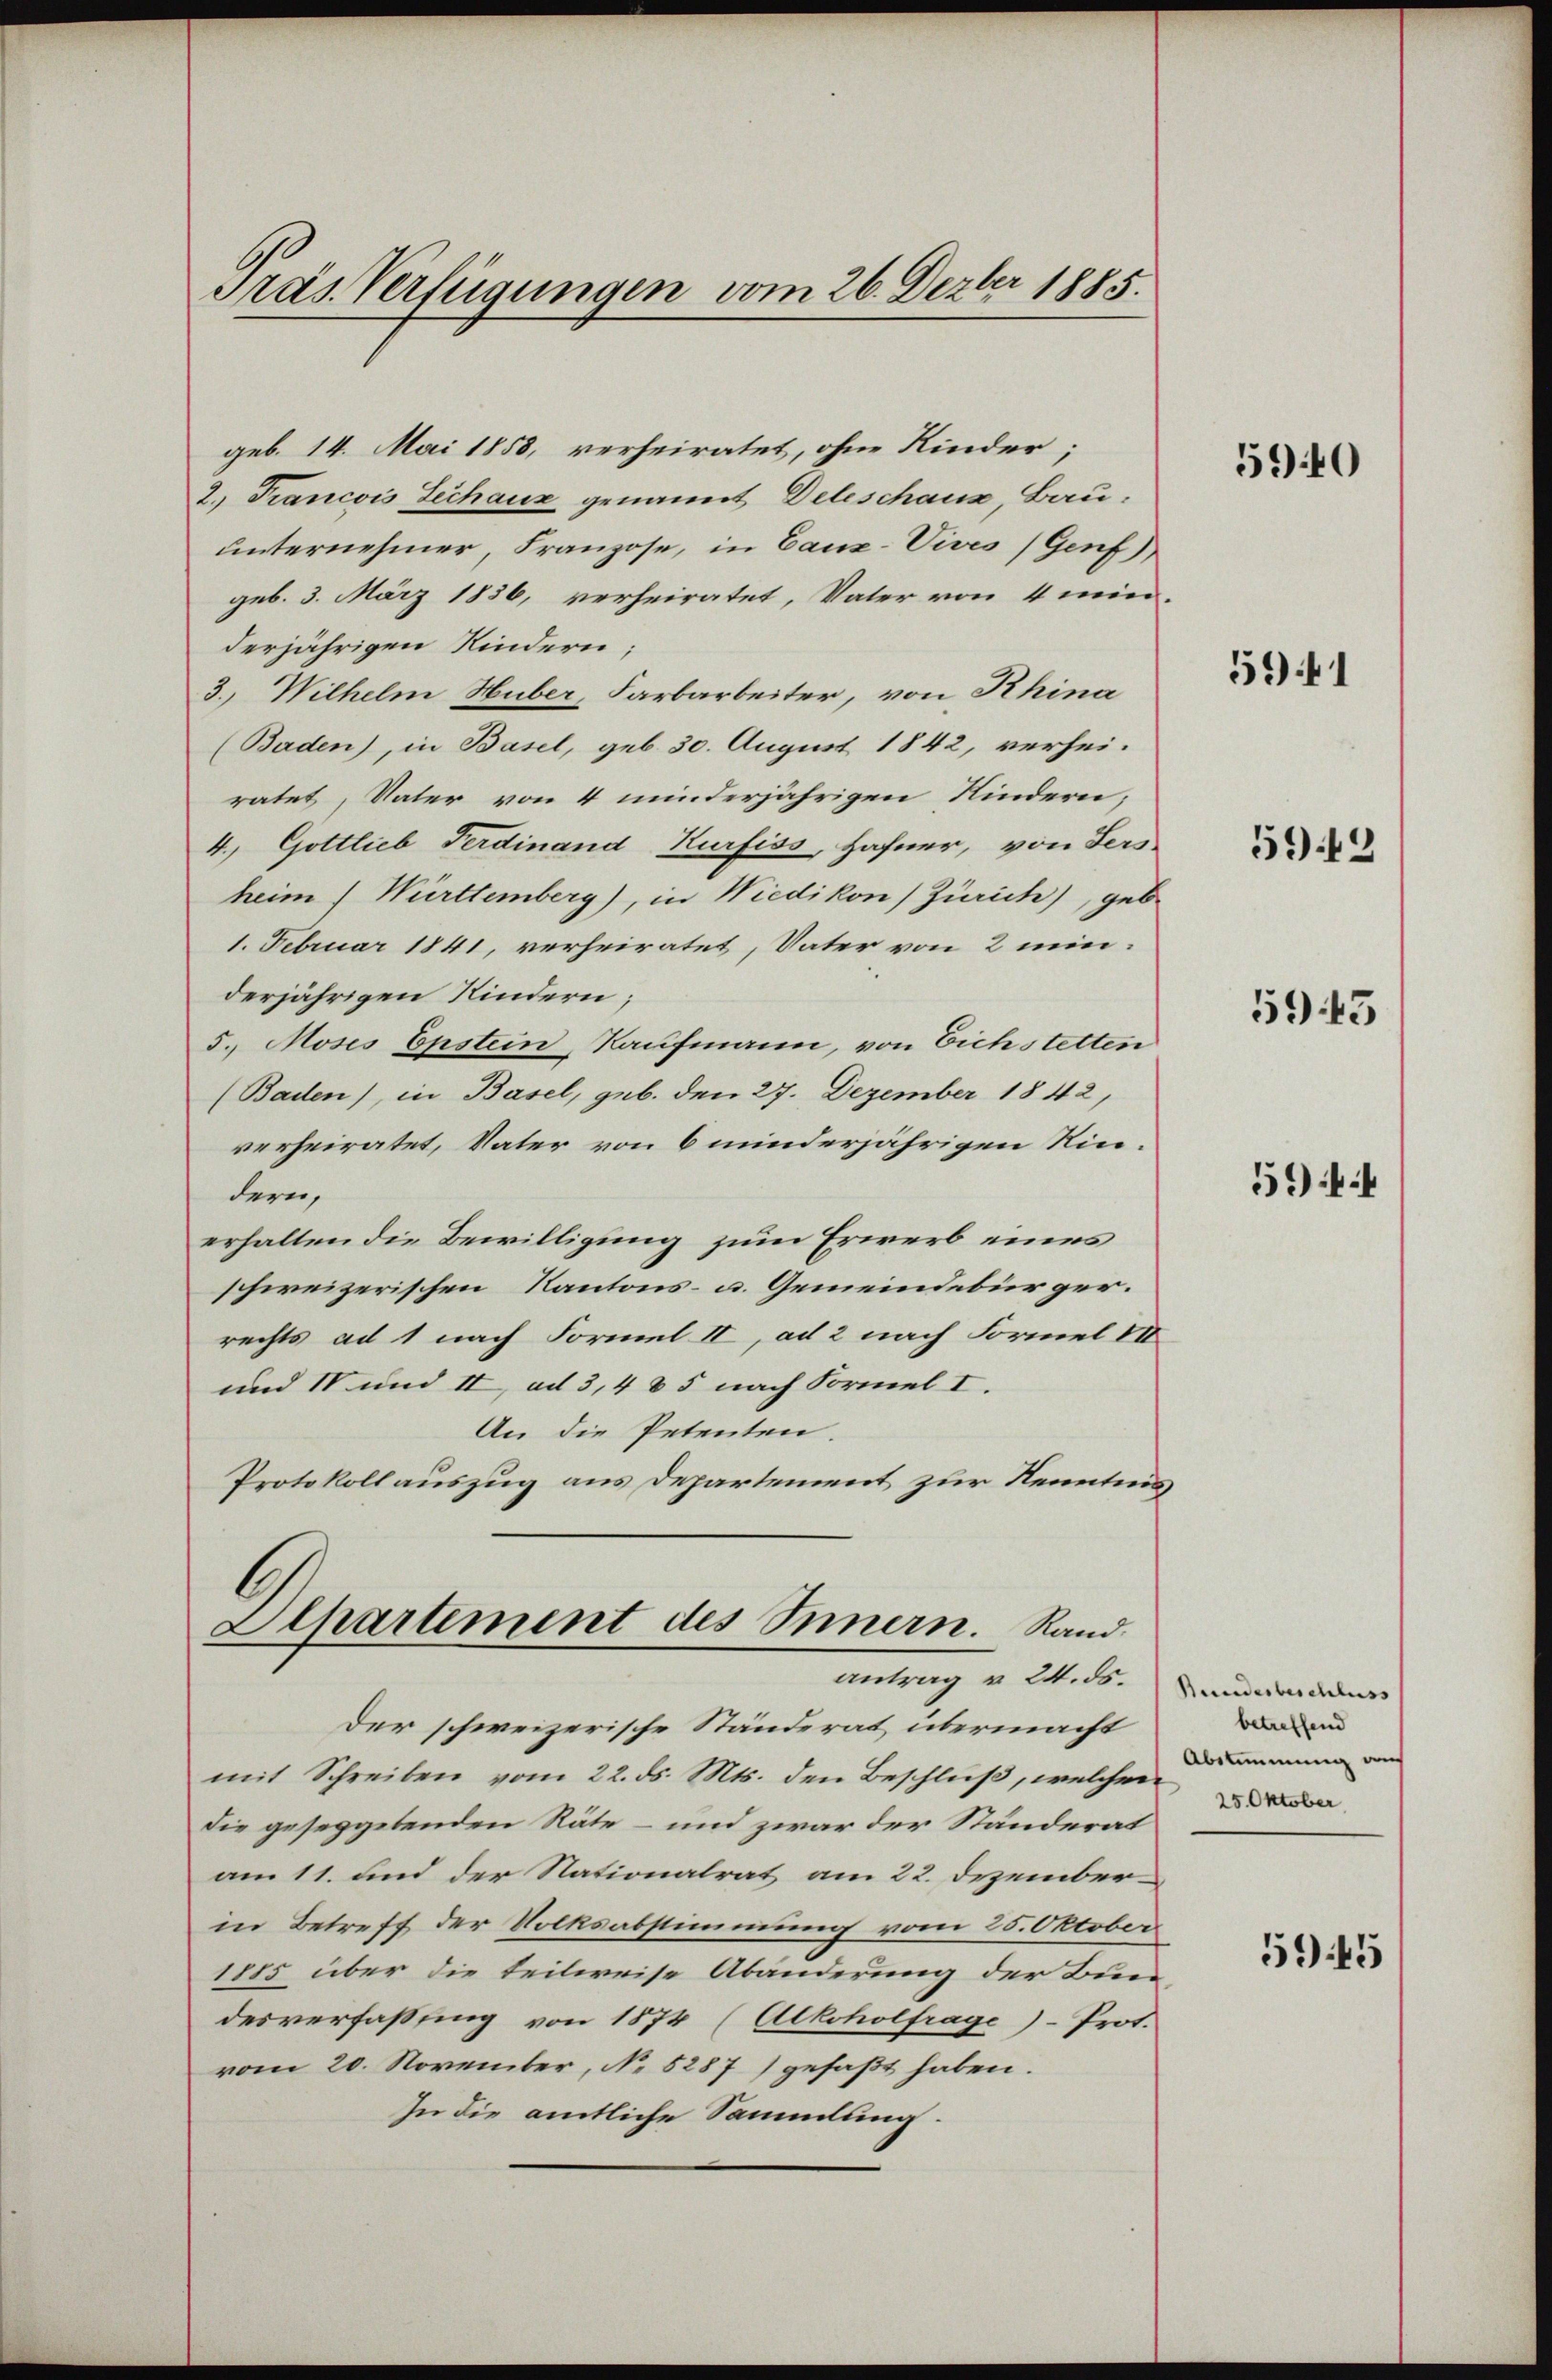
Pras Verfügungen vom 26. Dezber 1885.

geb. 14. Mai 1858, verheiratet, ohne Kinder;
2.) Francois Lechanz genannt Deleschaus, Bau-
unternehmer, Franzose, in Canz-Vives (Genf)
geb. 3. März 1836, verheiratet, Vater von 4 min-
derjährigen Kindern;
3. Wilhelm Huber, Farbarbeiter, von Rhina
(Baden), in Basel, geb. 30. August 1842, verheiratet, Vater von 4 minderjährigen Kindern,
4) Gottlieb Ferdinand Kurfiss, Hafner, von Sers
heim Württemberg), in Wiedikon) Zürich), geb.
1. Februar 1841, verheiratet, Vater von 2 min-
derjährigen Kindern;
5. Moses Epstein, Kaufmann, von Eichstetten
(Baden), in Basel, geb. den 27. Dezember 1842,
verheiratet, Vater von 6 minderjährigen Rindern,
erhalten die Bewilligung zum Erwerb eines
schweizerischen Kantons- u. Gemeindebürger.
rechts ad 1 nach Formel II, ad 2 nach Formel 18
und IV und II, ad 3, 4 & 5 nach Formel I.
An die Petenten.
Protokoll auszug aus Departement zur Kenntnis
1

Apartement des Innern. Randantrag v. 24. ds.

Der schweizerische Ständerat übermacht
mit Schreiben vom 22. ds. Mts. den Beschluß, welcher den von
die geseggetenden Räte – und zwar der Ständerat
am 11. und der Nationalrat am 22. Dezember
in Betreff der Volksabstimmung vom 25. Oktober
1885 über die teilweise Abänderung der Bun
desverfaßung von 1874 (Alkoholfrage) Prot.
vom 20. November, No. 5287) gefaßt haben.
In die amtliche Sammlung.

5940

5941

5949

5943

5944

Beundesbeschluss |
betreffend
25. Oktober

5945